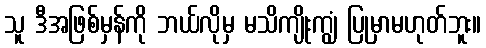
သူ ဒီအဖြစ်မှန်ကို ဘယ်လိုမှ မသိကျိုးကျွံ ပြုမှာမဟုတ်ဘူး။